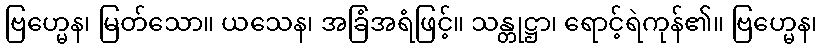
ဗြဟ္မေန၊ မြတ်သော။ ယသေန၊ အခြံအရံဖြင့်။ သန္တုဋ္ဌာ၊ ရောင့်ရဲကုန်၏။ ဗြဟ္မေန၊